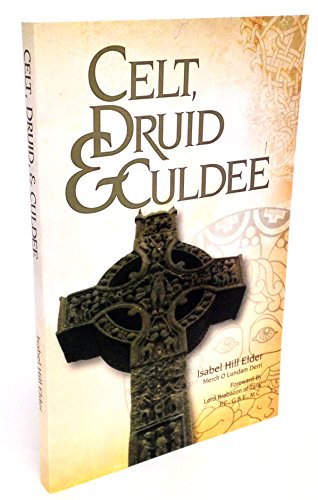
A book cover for Celt, Druid and Culdee; Isabel Hill Elder; Religion & Spirituality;